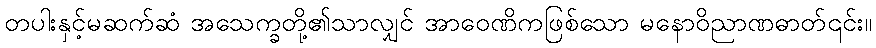
တပါးနှင့်မဆက်ဆံ အသေက္ခတို့၏သာလျှင် အာဝေဏိကဖြစ်သော မနောဝိညာဏဓာတ်၎င်း။